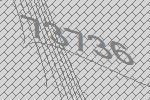
73736